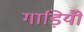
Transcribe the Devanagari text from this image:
गाड़ियोँ